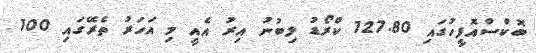
ބޮކްސްއޮފީހުގައި 127.80 ކްރޯޑު ލިބުނު އިރު އެއީ މި އަހަރު ތެރޭގައި 100